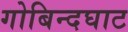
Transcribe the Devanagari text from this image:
गोबिन्दघाट